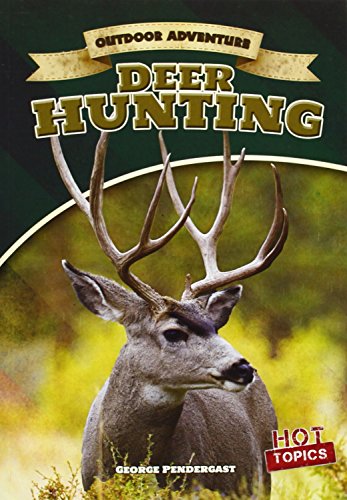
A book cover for Deer Hunting (Outdoor Adventure); George Pendergast; Children's Books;